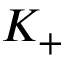
K _ { + }